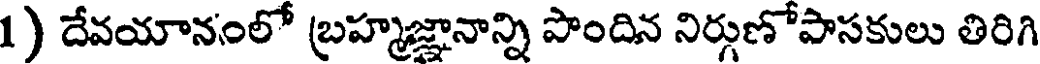
1 ) దేవయానంలో బ్రహ్మజ్ఞానాన్ని పొందిన నిర్గుణోపాసకులు తిరిగి